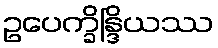
ဥပေက္ခိန္ဒြိယဿ